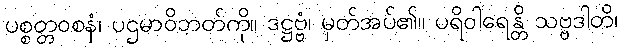
ပစ္စတ္တဝစနံ၊ ပဌမာဝိဘတ်ကို။ ဒဋ္ဌဗ္ဗံ၊ မှတ်အပ်၏။ ပရိဝါရေန္တိ သဗ္ဗဒါတိ၊